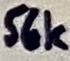
Text: 56k